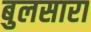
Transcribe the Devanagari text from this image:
बुलसारा